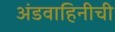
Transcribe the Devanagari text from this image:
अंडवाहिनीची